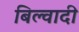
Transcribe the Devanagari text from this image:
बिल्वादी